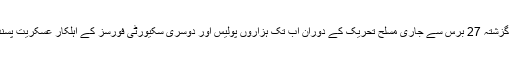
نئی دہلی کے زیرِ انتظام کشمیر میں بھارت سے آزادی کی غرض سے گزشتہ 27 برس سے جاری مسلح تحریک کے دوران اب تک ہزاروں پولیس اور دوسری سکیورٹی فورسز کے اہلکار عسکریت پسندوں کے حملوں اور دوسری پُرتشدد کارروائیوں میں ہلاک ہوچکے ہیں۔